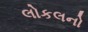
લોકલનો